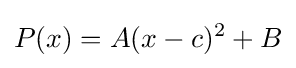
P(x)=A(x-c)^{2}+B